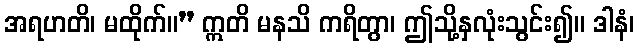
အရဟတိ၊ မထိုက်။” ဣတိ မနသိ ကရိတွာ၊ ဤသို့နှလုံးသွင်း၍။ ဒါနံ၊